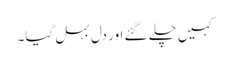
کہیں چلے گئے اور دل بہل گیا۔